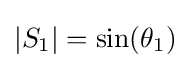
|S_{1}|=\sin(\theta _{1})